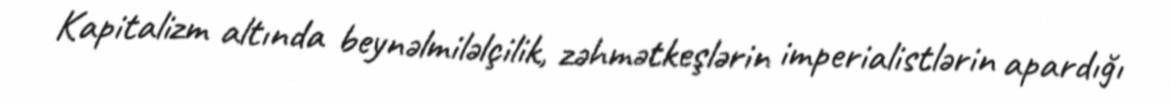
Kapitalizm altında beynəlmiləlçilik, zəhmətkeşlərin imperialistlərin apardığı